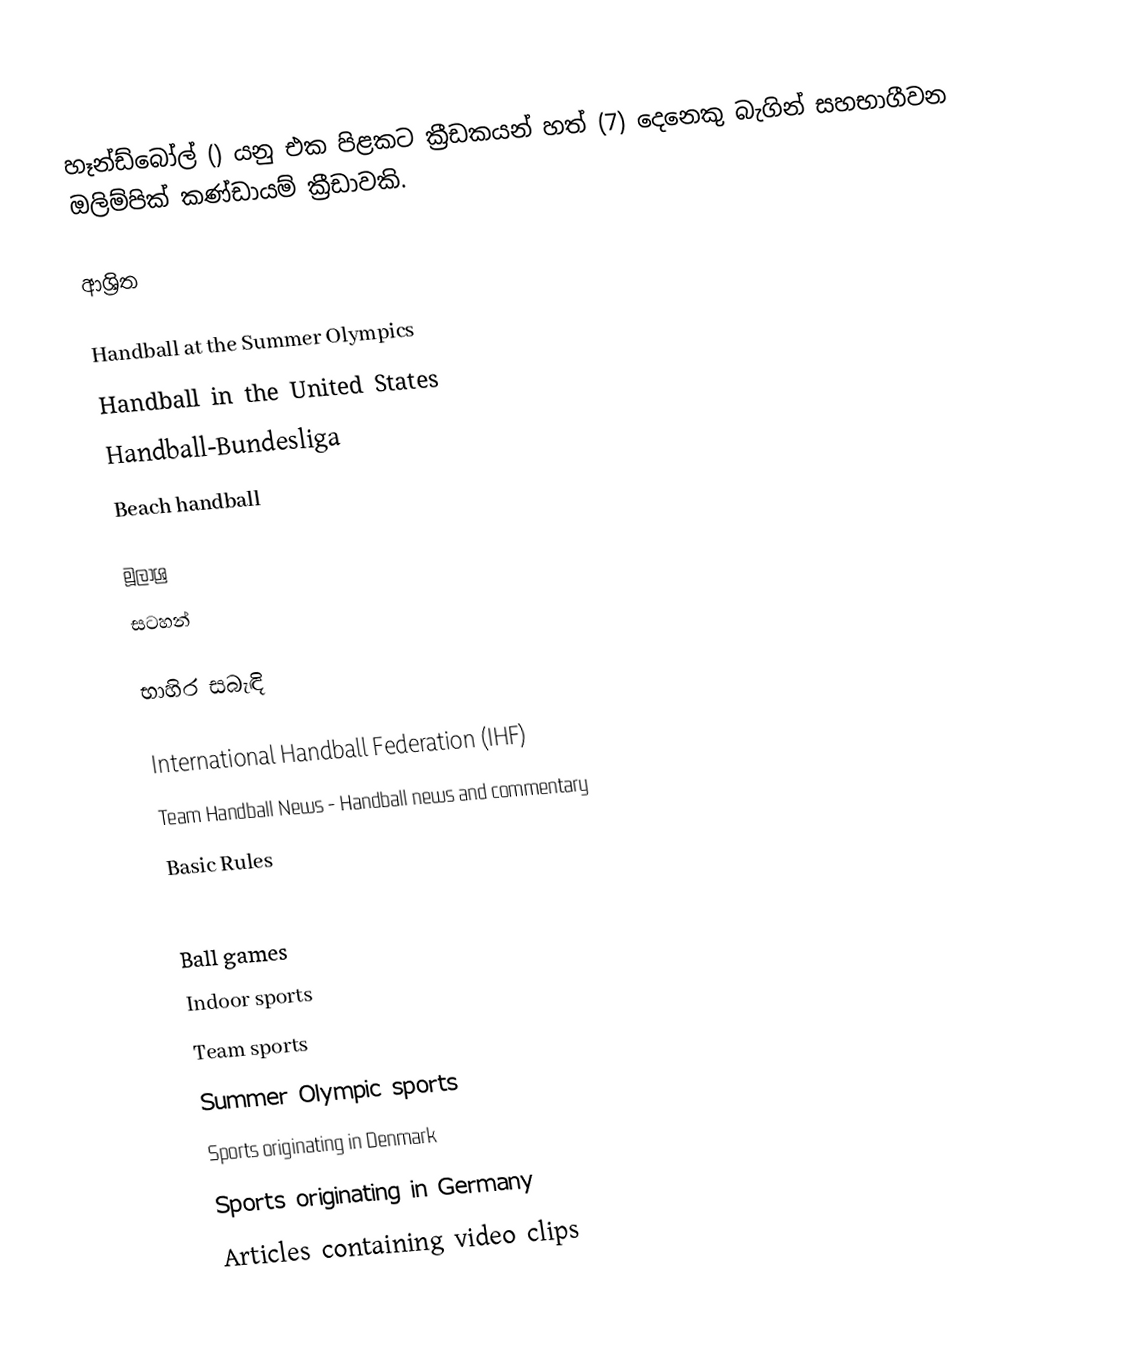
හෑන්ඩ්බෝල් () යනු එක පිළකට ක්‍රීඩකයන් හත් (7) දෙනෙකු බැගින් සහභාගීවන ඔලිම්පික් කණ්ඩායම් ක්‍රීඩාවකි.

ආශ්‍රිත

 Handball at the Summer Olympics
 Handball in the United States
 Handball-Bundesliga
 Beach handball

මූලාශ්‍ර
සටහන්

භාහිර සබැඳි

 International Handball Federation (IHF)
 Team Handball News - Handball news and commentary
 Basic Rules

Ball games
Indoor sports
Team sports
Summer Olympic sports
Sports originating in Denmark
Sports originating in Germany
Articles containing video clips